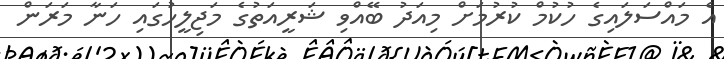
އެ މައްސަލައިގެ ހުކުމް ކުރުމަށް މިއަދު ބޭއްވި ޝަރީއަތުގެ މަޖިލީހުގައި ހަނާ މަރަން